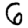
Digit: 6